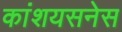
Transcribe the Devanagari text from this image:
कांशयसनेस